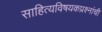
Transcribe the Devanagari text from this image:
साहित्यविषयकप्रश्नांची